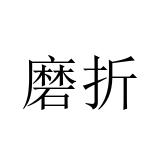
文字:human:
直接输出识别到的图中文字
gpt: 磨折